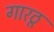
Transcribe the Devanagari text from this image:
गारठू